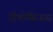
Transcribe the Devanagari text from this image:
प्रीकोसिअस